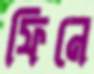
ফিনে